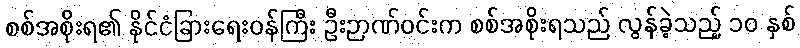
စစ်အစိုးရ၏ နိုင်ငံခြားရေးဝန်ကြီး ဦးဉာဏ်ဝင်းက စစ်အစိုးရသည် လွန်ခဲ့သည့် ၁၀ နှစ်